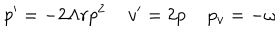
p ^ { \prime } = - 2 \Lambda r p ^ { 2 } \, \, \, \, \, \, \, v ^ { \prime } = 2 p \, \, \, \, \, \, \, p _ { v } = - \omega